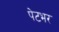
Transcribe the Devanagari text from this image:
पेटभर